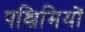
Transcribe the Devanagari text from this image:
पश्चिमियों